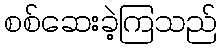
စစ်ဆေးခဲ့ကြသည်